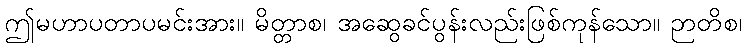
ဤမဟာပတာပမင်းအား။ မိတ္တာစ၊ အဆွေခင်ပွန်းလည်းဖြစ်ကုန်သော။ ဉာတိစ၊